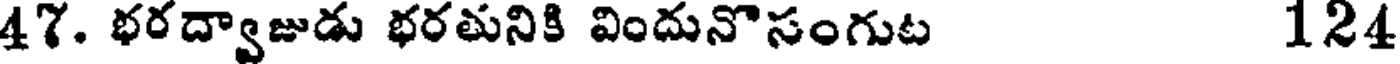
47. భరద్వాజుడు భరతునికి విందునొసంగుట 124